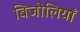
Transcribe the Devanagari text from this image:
बिजोलियाँ